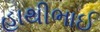
હાથીભાઈ